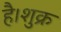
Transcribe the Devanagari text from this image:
है।शुक्र